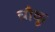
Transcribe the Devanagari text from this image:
चौकू